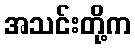
အသင်းတို့က